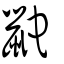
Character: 鼧